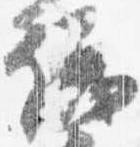
議